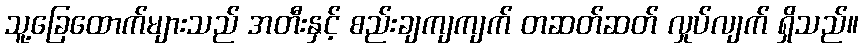
သူ့ခြေထောက်များသည် အတီးနှင့် စည်းချကျကျက် တဆတ်ဆတ် လှုပ်လျက် ရှိသည်။